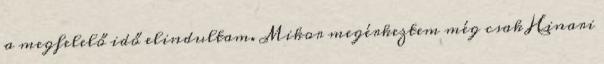
a megfelelő idő elindultam. Mikor megérkeztem még csak Hinari